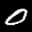
Label: 0